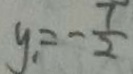
y _ { 1 } = - \frac { 7 } { 2 }